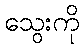
သွေးကို